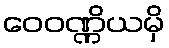
ဝေဝဏ္ဏိယမှိ